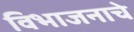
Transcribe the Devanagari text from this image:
विभाजनाचे